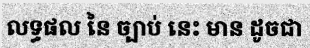
លទ្ធផល នៃ ច្បាប់ នេះ មាន ដូចជា